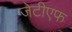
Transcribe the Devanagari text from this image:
जेटीएफ